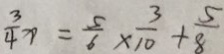
\frac { 3 } { 4 } x = \frac { 5 } { 6 } \times \frac { 3 } { 1 0 } + \frac { 5 } { 8 }